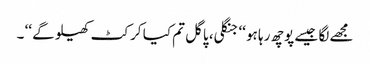
مجھے لگا جیسے پوچھ رہا ہو ‘‘ جنگلی، پاگل تم کیا کرکٹ کھیلو گے ‘‘ ۔